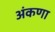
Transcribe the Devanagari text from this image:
अंकणा